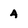
Character: 4